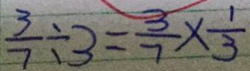
\frac { 3 } { 7 } \div 3 = \frac { 3 } { 7 } \times \frac { 1 } { 3 }